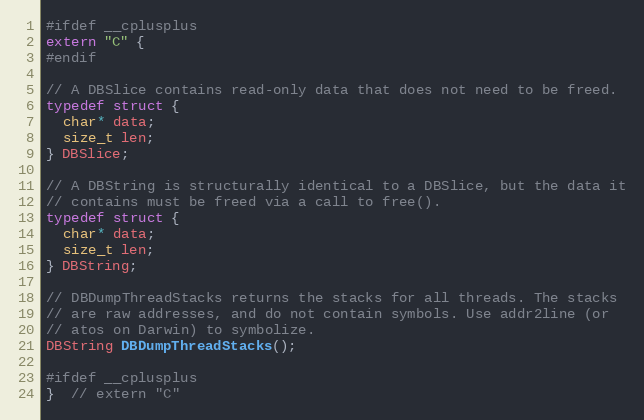
Language: C
#ifdef __cplusplus
extern "C" {
#endif

// A DBSlice contains read-only data that does not need to be freed.
typedef struct {
  char* data;
  size_t len;
} DBSlice;

// A DBString is structurally identical to a DBSlice, but the data it
// contains must be freed via a call to free().
typedef struct {
  char* data;
  size_t len;
} DBString;

// DBDumpThreadStacks returns the stacks for all threads. The stacks
// are raw addresses, and do not contain symbols. Use addr2line (or
// atos on Darwin) to symbolize.
DBString DBDumpThreadStacks();

#ifdef __cplusplus
}  // extern "C"